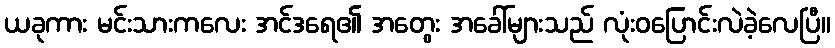
ယခုကား မင်းသားကလေး အင်ဒရေ၏ အတွေး အခေါ်များသည် လုံးဝပြောင်းလဲခဲ့လေပြီ။